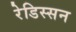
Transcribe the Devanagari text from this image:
रेडिस्सन